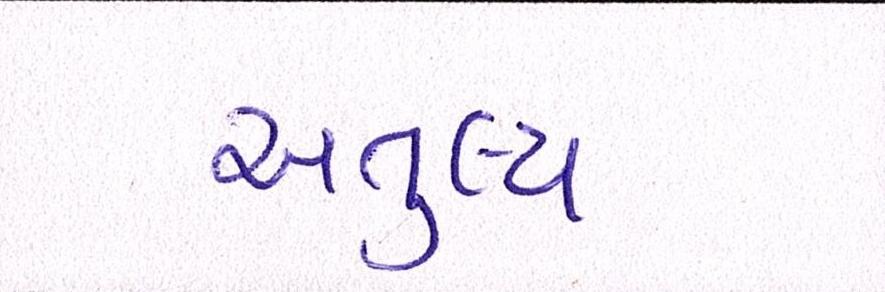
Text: અતુલ્ય